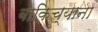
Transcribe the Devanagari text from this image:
बाकिच्याना